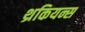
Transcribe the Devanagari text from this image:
थ्रकियन्स